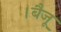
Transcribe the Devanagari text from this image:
।बैजू